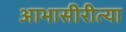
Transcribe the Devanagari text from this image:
आभासीरीत्या